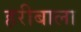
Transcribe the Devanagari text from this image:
हरीबाला